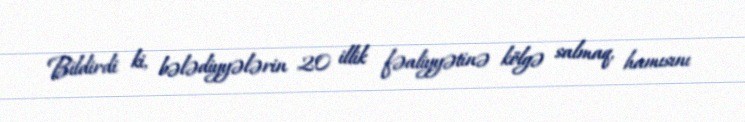
Bildirdi ki, bələdiyyələrin 20 illik fəaliyyətinə kölgə salmaq, hamısını